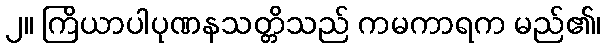
၂။ ကြိယာပါပုဏနသတ္တိသည် ကမကာရက မည်၏၊